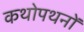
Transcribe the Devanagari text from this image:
कथोपथनों